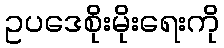
ဥပဒေစိုးမိုးရေးကို